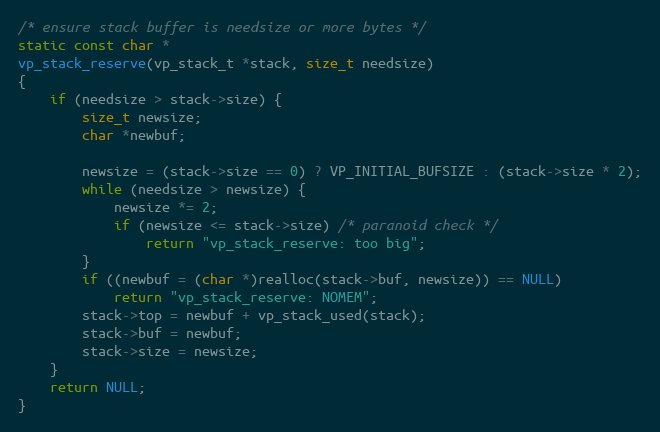
Language: C
/* ensure stack buffer is needsize or more bytes */
static const char *
vp_stack_reserve(vp_stack_t *stack, size_t needsize)
{
    if (needsize > stack->size) {
        size_t newsize;
        char *newbuf;

        newsize = (stack->size == 0) ? VP_INITIAL_BUFSIZE : (stack->size * 2);
        while (needsize > newsize) {
            newsize *= 2;
            if (newsize <= stack->size) /* paranoid check */
                return "vp_stack_reserve: too big";
        }
        if ((newbuf = (char *)realloc(stack->buf, newsize)) == NULL)
            return "vp_stack_reserve: NOMEM";
        stack->top = newbuf + vp_stack_used(stack);
        stack->buf = newbuf;
        stack->size = newsize;
    }
    return NULL;
}